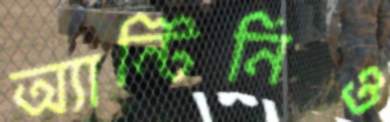
অ্যান্টিনিও